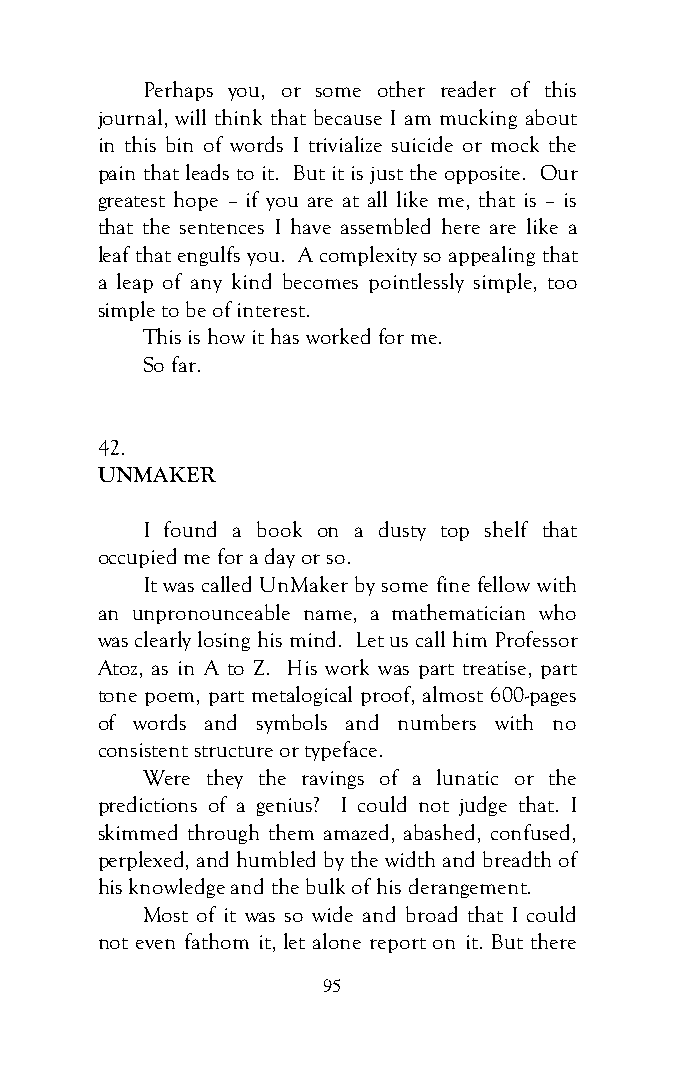
Perhaps you, or some other reader of this
 journal, will think that because I am mucking about
 in this bin of words I trivialize suicide or mock the
 pain that leads to it. But it is just the opposite. Our
 greatest hope – if you are at all like me, that is – is
 that the sentences I have assembled here are like a
 leaf that engulfs you. A complexity so appealing that
 a leap of any kind becomes pointlessly simple, too
 simple to be of interest.
 This is how it has worked for me.
 So far.
 42.
 UNMAKER
 I found a book on a dusty top shelf that
 occupied me for a day or so.
 It was called UnMaker by some fine fellow with
 an unpronounceable name, a mathematician who
 was clearly losing his mind. Let us call him Professor
 Atoz, as in A to Z. His work was part treatise, part
 tone poem, part metalogical proof, almost 600-pages
 of words and symbols and numbers with no
 consistent structure or typeface.
 Were they the ravings of a lunatic or the
 predictions of a genius? I could not judge that. I
 skimmed through them amazed, abashed, confused,
 perplexed, and humbled by the width and breadth of
 his knowledge and the bulk of his derangement.
 Most of it was so wide and broad that I could
 not even fathom it, let alone report on it. But there
 95